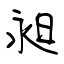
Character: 昶